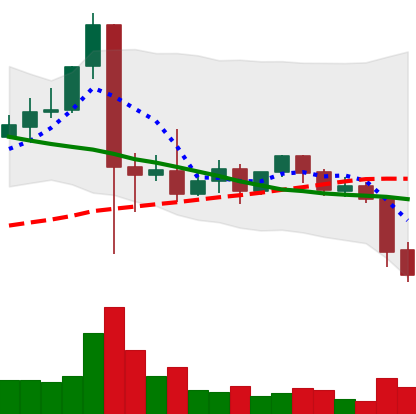
Ticker: XLM-USD
Chart end date: 2021-09-21
Forward return: 3.696%
Label: up_3_5